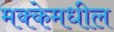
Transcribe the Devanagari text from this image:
मक्केमधील